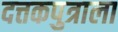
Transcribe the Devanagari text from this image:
दत्तकपुत्राला